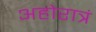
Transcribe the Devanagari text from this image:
अहोरात्रं